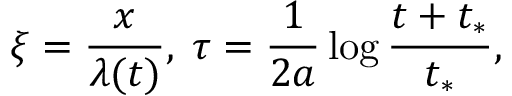
\xi = \frac { x } { \lambda ( t ) } , \; \tau = \frac { 1 } { 2 a } \log \frac { t + t _ { * } } { t _ { * } } ,